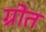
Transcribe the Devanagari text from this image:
ग्रोत